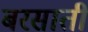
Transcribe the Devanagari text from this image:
बरसातीं